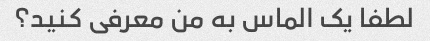
لطفا یک الماس به من معرفی کنید؟